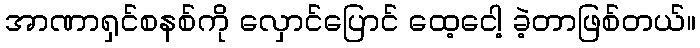
အာဏာရှင်စနစ်ကို လှောင်ပြောင် ထေ့ငေါ့ ခဲ့တာဖြစ်တယ်။